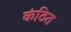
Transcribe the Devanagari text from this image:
कंठित